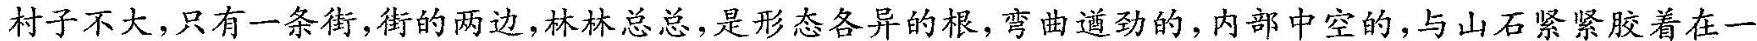
\underline{村子不大。只有一条街，街的两边，林林总总，是形态各异的根，弯曲遒劲的，内部中空的，与山石紧紧胶着在一}